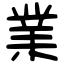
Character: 業